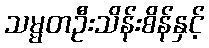
သမ္မတဦးသိန်းစိန်နှင့်